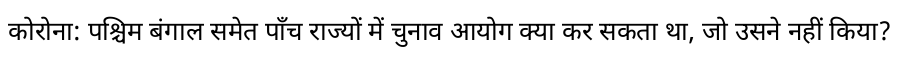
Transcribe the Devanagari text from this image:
कोरोना: पश्चिम बंगाल समेत पाँच राज्यों में चुनाव आयोग क्या कर सकता था, जो उसने नहीं किया?